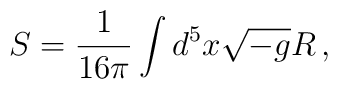
S = \frac{1}{16\pi}\int d^5x \sqrt{-g} R \, ,